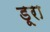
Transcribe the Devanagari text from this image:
डूरा